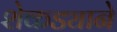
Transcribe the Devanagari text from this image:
शेकड्याने